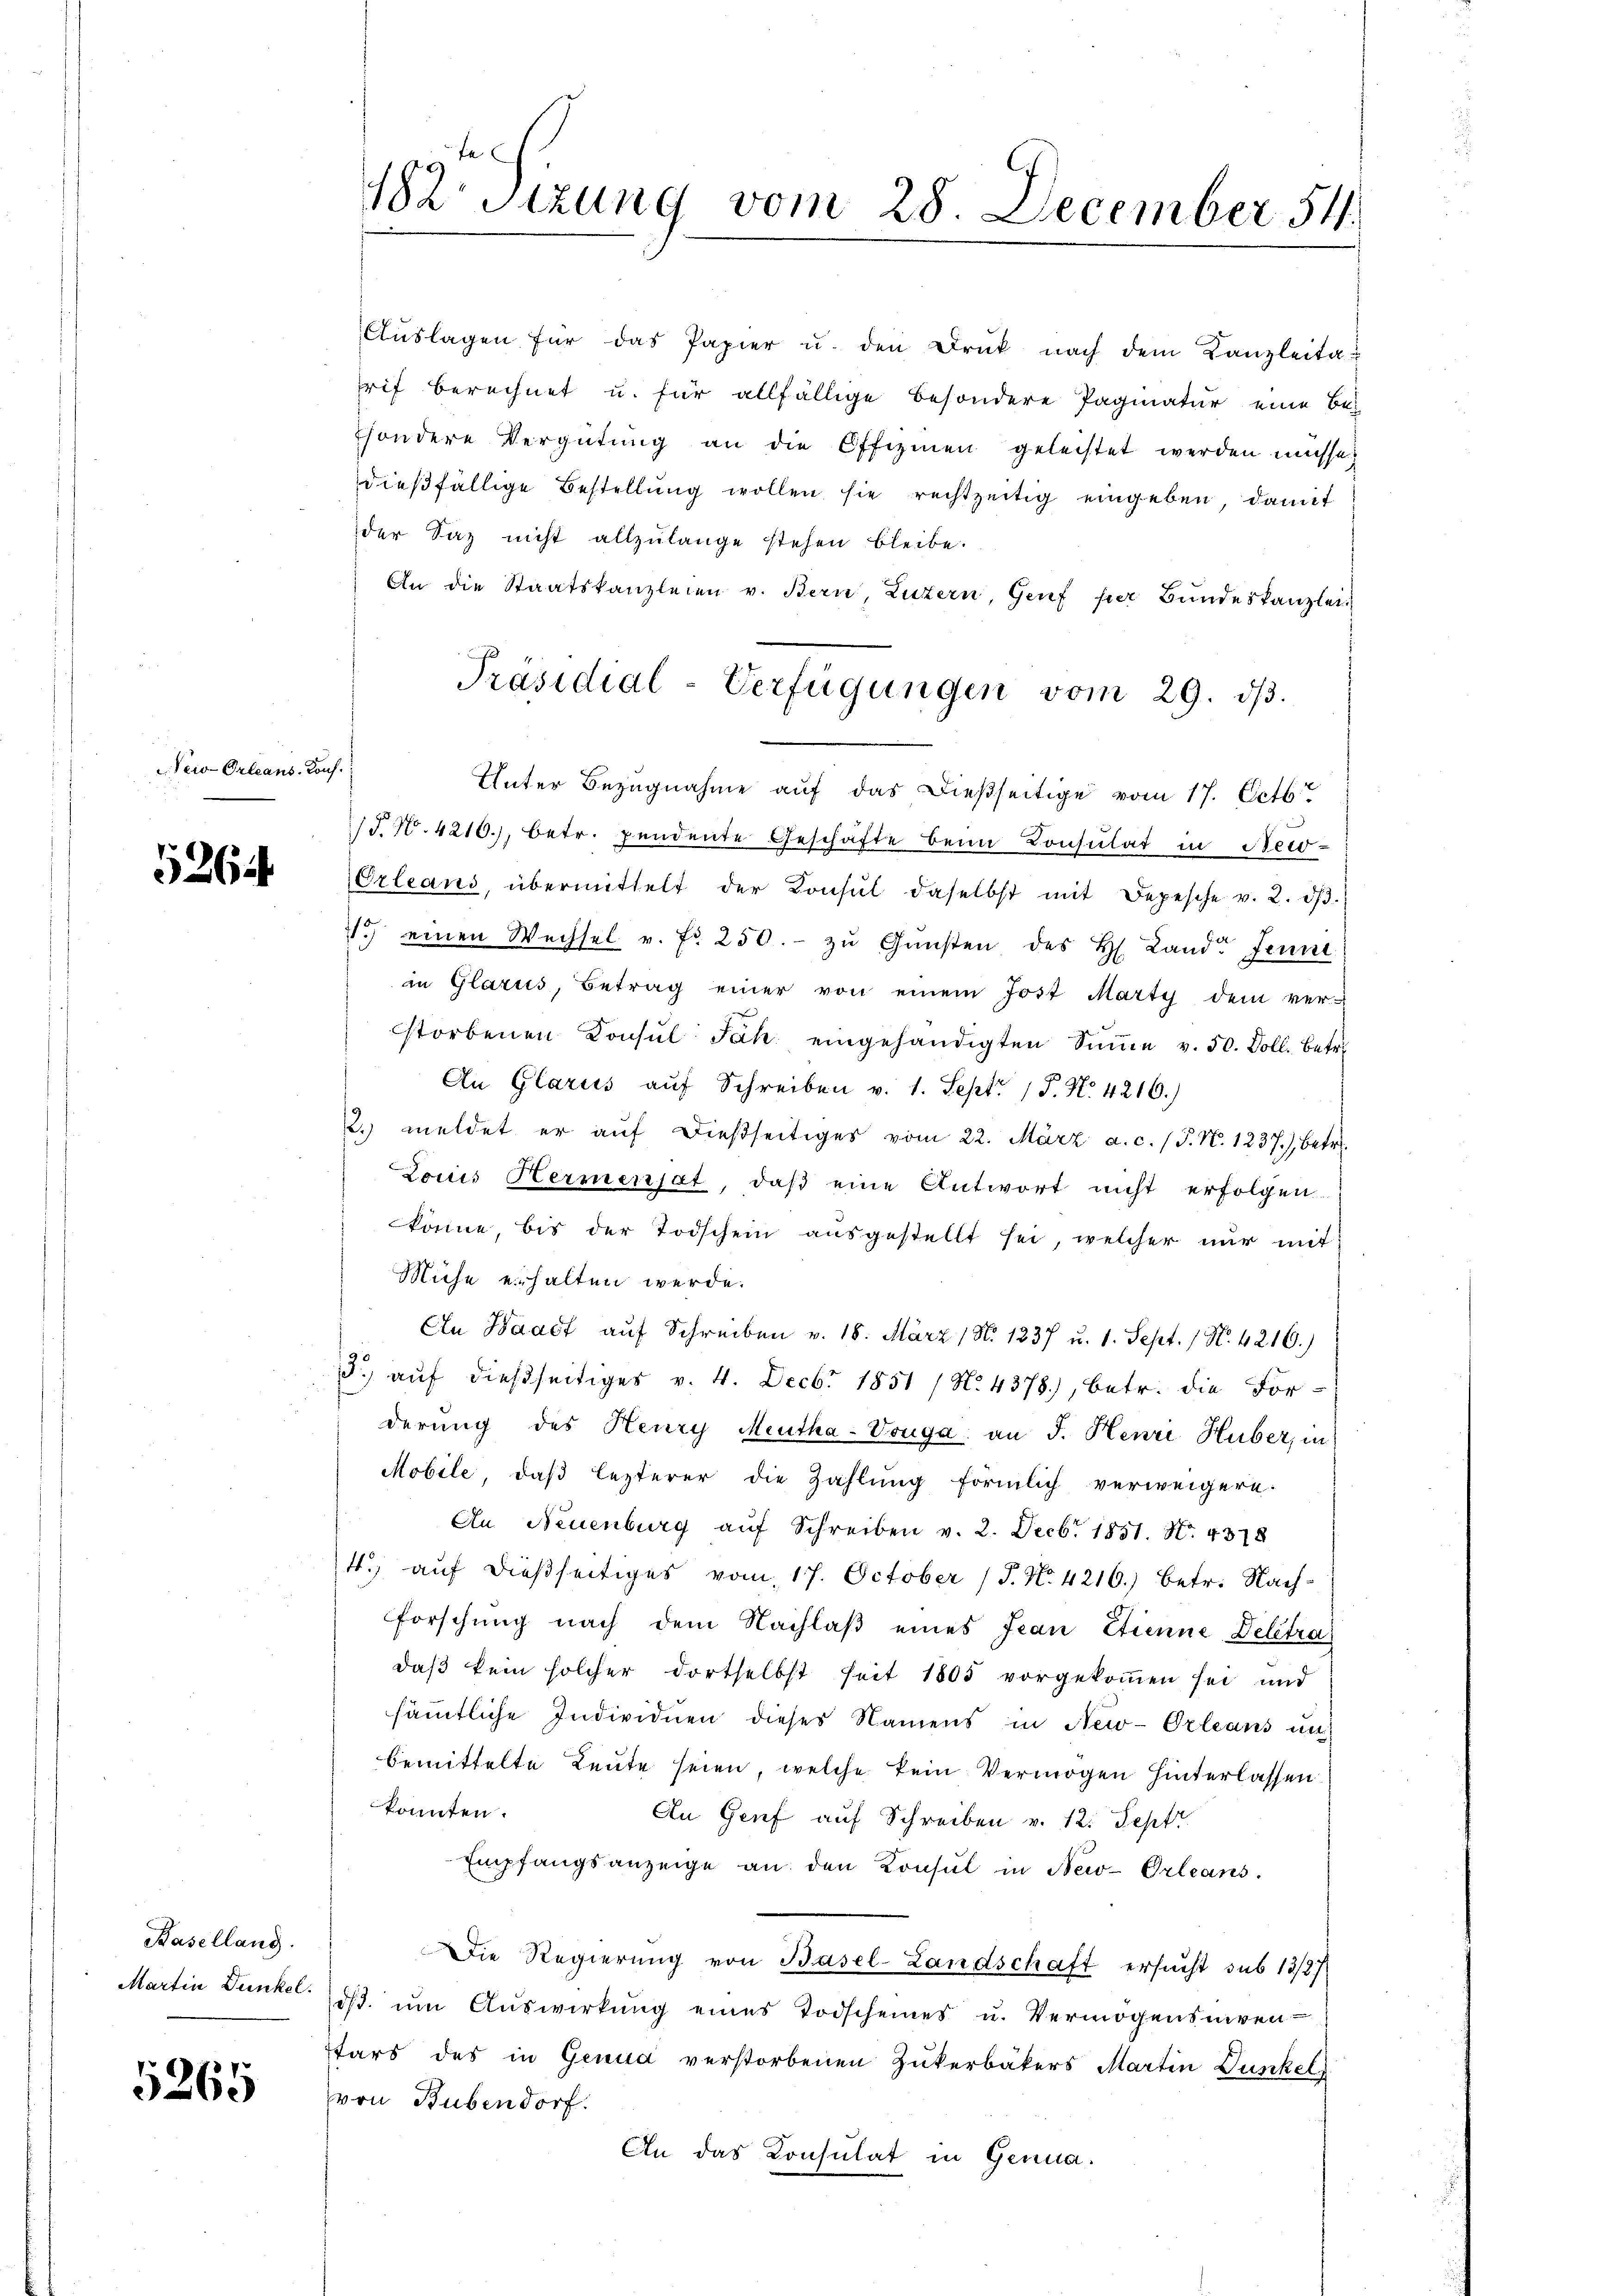
New-Orleans Konf.

526

Baselland.
Martin Dunkel.

5265

182 Sizung vom 28. December 54.

Aŭslagen für das Papier u. den Druck nach dem Kanzleita-
Trif berechnet u. für allfällige besondere Pagiatur eine Be-
sondere Vergütung an die Offizinen geleistet werden müsse,
dießfällige Bestellung wollen sie rechtzeitig eingeben, damit
der Saz nicht allzŭlange stehen bleibe.
An die Staatskanzleien v. Bern, Luzern, Genf per Bundeskanzlei
1T. N. 4210), betr. pendente Geschäfte beim Consulat in Bei¬
Orleans, übermittelt der Konsŭl daselbst mit Depesche v. 2. dβ.
11.) einen Wechsel v. fr. 250.- zŭ Gŭnsten des H. Landt Jenn
in Glarus, Betrag einer von einem Jost Marty dem ver-
storbenen Konsŭl Jak. eingehändigten Sinne v. 50. Doll. Betr.
An Glarus auf Schreiben v. 1. Sept. 1 P. N. 4216.)
2. meldet er aŭf dießseitiges vom 22. März a. c. (T. N. 1237), betr.
Lociis Hermensat, daβ eine Antwort nicht erfolgen
könne, bis der Todschein ausgestellt sei, welcher nur mit
Miche erhalten werde.
An Waadt auf Schreiben v. 18. März (N. 1237 u. 1. Sept. 1 N. 4216.)
5. aŭf dießseitiges v. 4. Decbr 1851 / N. 4378), betr. die For-
derung des Henry Meutha-Vouga an J. Henri Huber, in
Mobile, daβ lezterer die Zahlŭng förmlich verweigern:
An Neuenburg aŭf Schreiben v. 2. Decbr. 1851. No. 4318
4.) auf dießseitiges vom 17. October (T. No. 4216.) betr. Nach¬
Forschung nach dem Nachlaβ eines Jean Etienne Delétra
daß kein solcher dortselbst seit 1805 vorgekommen sei und
sämmtliche Individuen dieses Namens in New-Orleans un
bemittelte Leute seien, welche kein Vermögen hinterlassen
konnten.
An Genf auf Schreiben v. 12. Sept.
Empfangsanzeige an den Konsul in New-Orleans
Die Regierung von Basel-Landschaft ersucht sub 19/27
ds. ŭm Aŭswirkŭng eines Todscheines u. Vermögensiven
tars des in Genua verstorbenen Zukerbäkers Martin Dunkel
von Bubendorf.
An das Consulat in Genua.

Präsidial-Verfügungen vom 29. dβ.
Unter Bezugnahme auf das dießseitige vom 17. Octb.